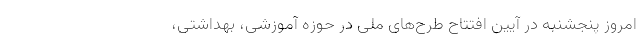
امروز پنجشنبه در آیین افتتاح طرح‌های ملی در حوزه آموزشی، بهداشتی،